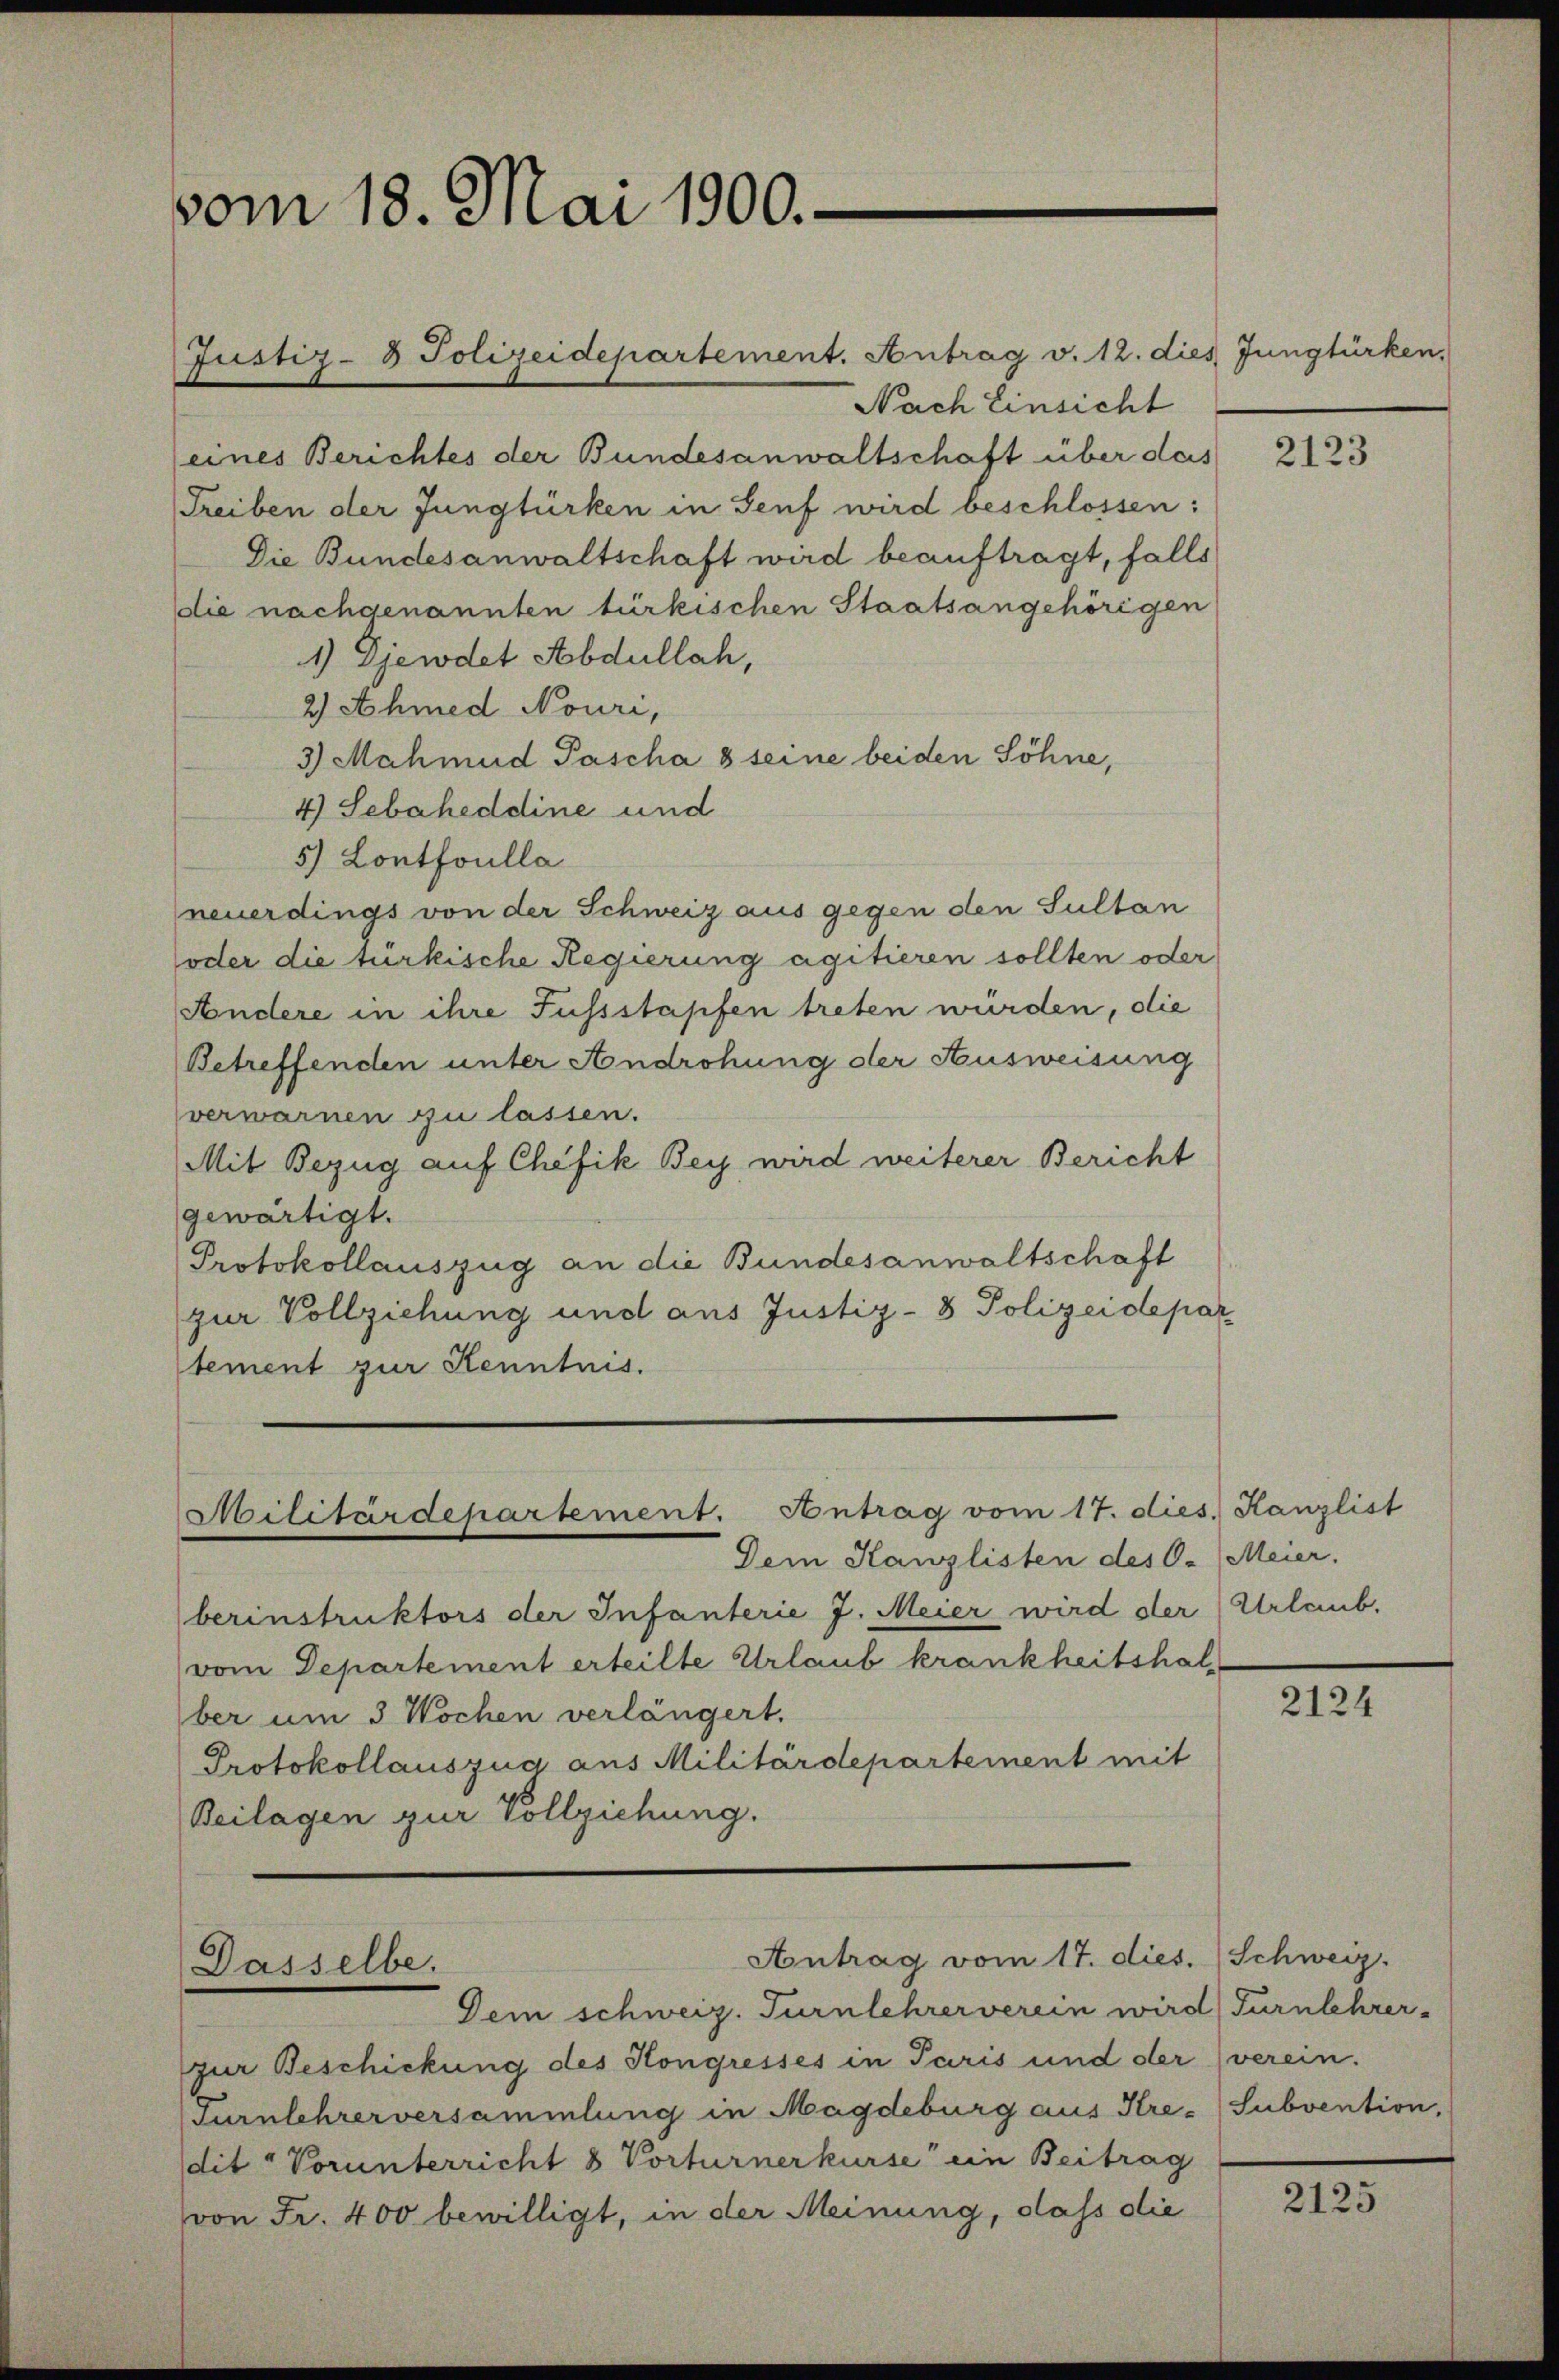
vom 18. Mai 1900.

Nach Einsicht
eines Berichtes der Bundesanwaltschaft über das
Treiben der Jungtürken in Senf wird beschlossen:
Die Bundesanwaltschaft wird beauftragt, falls
die nachgenannten türkischen Staatsangehörigen
1) Djewdet Abdullach,
2) Ahmed Nouri,
3) Mahmud Pascha 8 seine beiden Söhne,
4) Sebaheddine und
5) Lontfoulla
neuerdings von der Schweiz aus gegen den Sultan
oder die türkische Regierung agitieren sollten oder
Ändere in ihre Fussstapfen treten würden, die
Betreffenden unter Androhung der Ausweisung
verwarnen zu lassen.
Mit Bezug auf Chefik Bey wird weiterer Bericht
gewärtigt.
Protokollauszug an die Bundesanwaltschaft
zur Vollziehung und aus Justiz- & Polizeidepar
tement zur Kenntnis.

Justiz- & Polizeidepartement. Antrag v. 12. dies Jungtürken,

Militärdepartement. Antrag vom 17. dies. Kanzlist
Dem Kanzlisten des C. Meier,

Dasselbe.

Antrag vom 17. dies. Schweiz.

Dem schweiz. Turnlehrerverein wird) Turnlehrer-
zur Beschickung des Kongresses in Paris und der (verein.
Turnlehrerversammlung in Magdeburg aus Kre- (Subvention,
dit "Vorunterricht 8 Porturner kurse ein Beitrag
von Fr. 400 bewilligt, in der Meinung, dass die

berinstruktors der Infanterie J. Meier wird der (Urlaub,
vom Departement erteilte Urlaub krankheitshalber um 3 Wochen verlängert.
Protokollauszug aus Militärdepartement mit
Beilagen zur Vollziehung.

2123

2124

2123